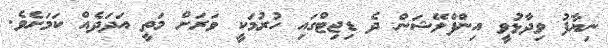
ނިޔާފު ވިދާޅުވީ އިންފްލޭޝަން ދެ ޑިޖިޓްގައި ހުރުމަކީ ވަރަށް މަތީ އަދަދެއް ކަމަށެވެ.